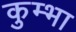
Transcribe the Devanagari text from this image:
कुम्‍भा